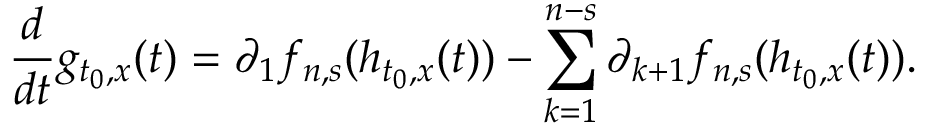
\frac { d } { d t } g _ { t _ { 0 } , x } ( t ) = \partial _ { 1 } f _ { n , s } ( h _ { t _ { 0 } , x } ( t ) ) - \sum _ { k = 1 } ^ { n - s } \partial _ { k + 1 } f _ { n , s } ( h _ { t _ { 0 } , x } ( t ) ) .